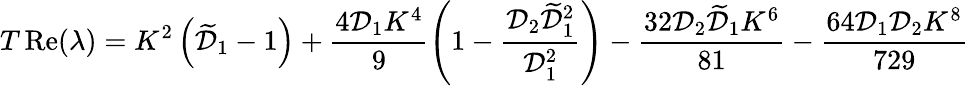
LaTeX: T\operatorname{R\mathrm{e}}(\lambda)=K^{2}\left(\widetilde{{\mathcal{{D}}}}_{1}-1\right)+\frac{{4\mathcal{{D}}_{1}K^{4}}}{{9}}\left(1-\frac{{\mathcal{{D}}_{2}\widetilde{{\mathcal{{D}}}}_{1}^{2}}}{{\mathcal{{D}}_{1}^{2}}}\right)-\frac{{32\mathcal{{D}}_{2}\widetilde{{\mathcal{{D}}}}_{1}K^{6}}}{{81}}-\frac{{64\mathcal{{D}}_{1}\mathcal{{D}}_{2}K^{8}}}{{729}}